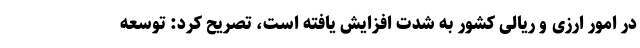
در امور ارزی و ریالی کشور به شدت افزایش یافته است، تصریح کرد: توسعه